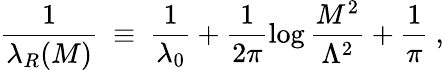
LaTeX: \frac{1}{\lambda_{R}(M)}~\equiv~\frac{1}{\lambda_{0}}+\frac{1}{2\pi}\log\frac{M^{2}}{\Lambda^{2}}+\frac{1}{\pi}~,